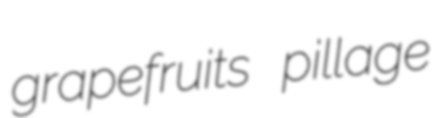
grapefruits pillage